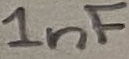
Text: 1nF